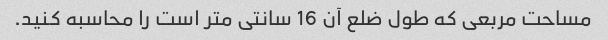
مساحت مربعی که طول ضلع آن 16 سانتی متر است را محاسبه کنید.